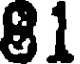
81